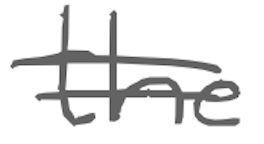
Text: the
Cross-out: double-line
Writing tool: digital_gray